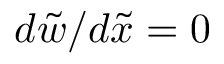
{ d \tilde { w } } / { d \tilde { x } } = 0